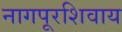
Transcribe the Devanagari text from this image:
नागपूरशिवाय